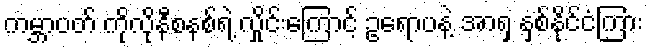
ကမ္ဘာပတ် ကိုလိုနီစနစ်ရဲ့ လှိုင်းကြောင့် ဥရောပနဲ့ အာရှ နှစ်နိုင်ငံကြား